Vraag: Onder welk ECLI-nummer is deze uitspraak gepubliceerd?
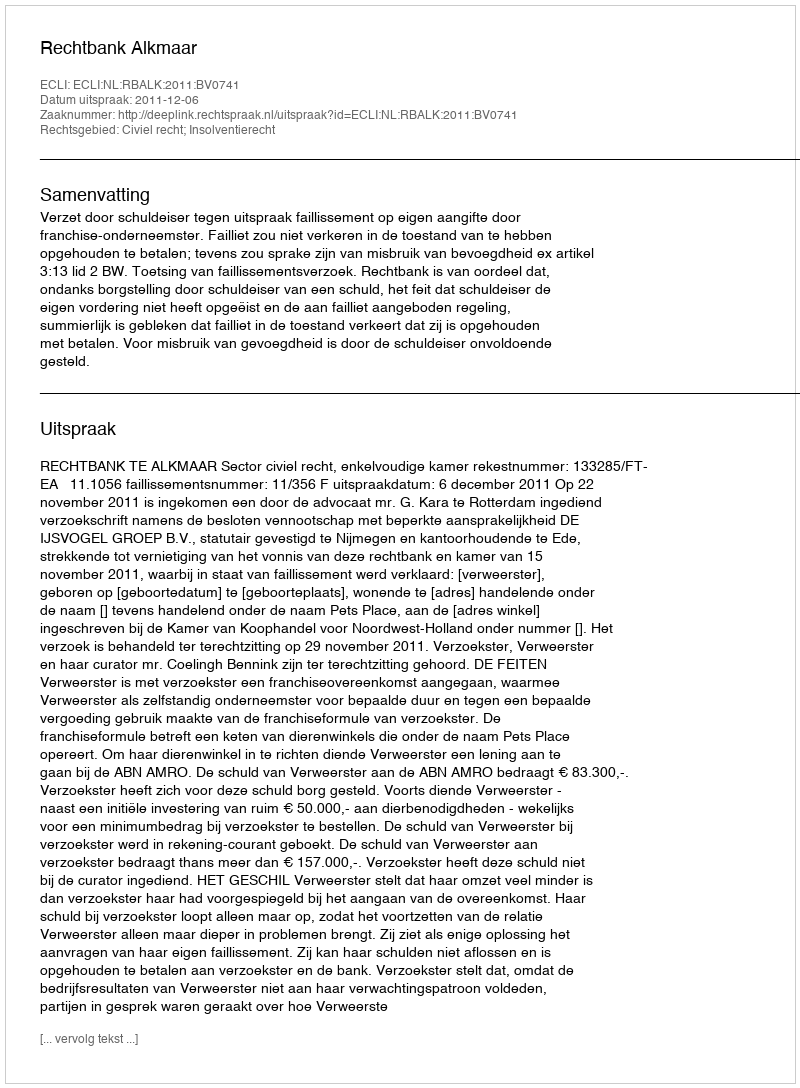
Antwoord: ECLI:NL:RBALK:2011:BV0741